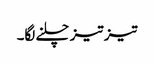
تیز تیز چلنے لگا۔